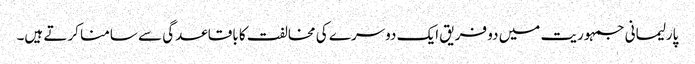
پارلیمانی جمہوریت میں دو فریق ایک دوسرے کی مخالفت کا باقاعدگی سے سامنا کرتے ہیں۔